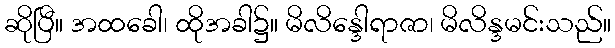
ဆိုပြီ။ အထခေါ၊ ထိုအခါ၌။ မိလိန္ဒေါရာဇာ၊ မိလိန္ဒမင်းသည်။